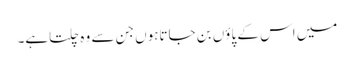
میں اس کے پاؤں بن جاتاہوں جن سے وہ چلتاہے۔